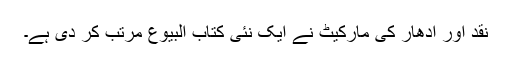
نقد اور ادھار کی مارکیٹ نے ایک نئی کتاب البیوع مرتب کر دی ہے۔